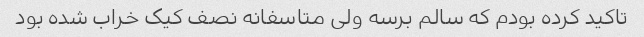
تاکید کرده بودم که سالم برسه ولی متاسفانه نصف کیک خراب شده بود